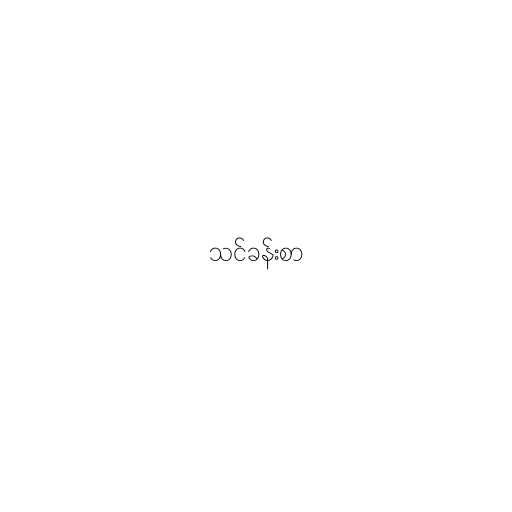
သင်ခန်းစာ